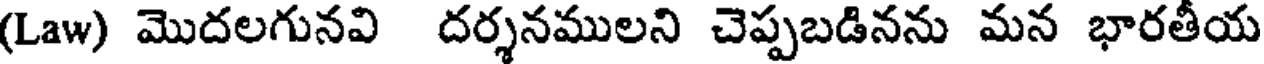
(Law) మొదలగునవి దర్శనములని చెప్పబడినను మన భారతీయ